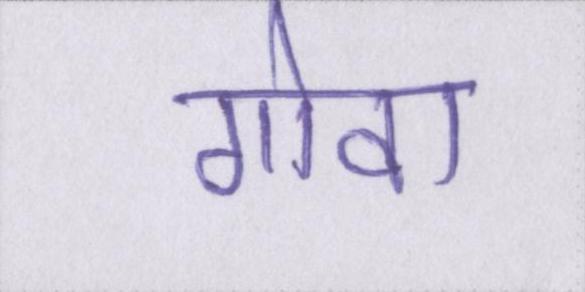
गोवा